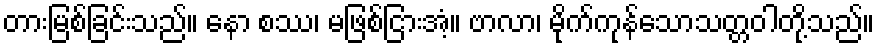
တားမြစ်ခြင်းသည်။ နော စဿ၊ မဖြစ်ငြားအံ့။ ဗာလာ၊ မိုက်ကုန်သောသတ္တဝါတို့သည်။